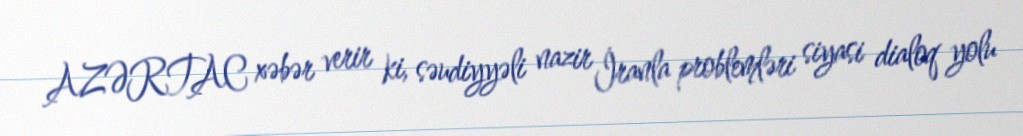
AZƏRTAC xəbər verir ki, səudiyyəli nazir İranla problemləri siyasi dialoq yolu